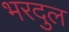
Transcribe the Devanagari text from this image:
भरदुल